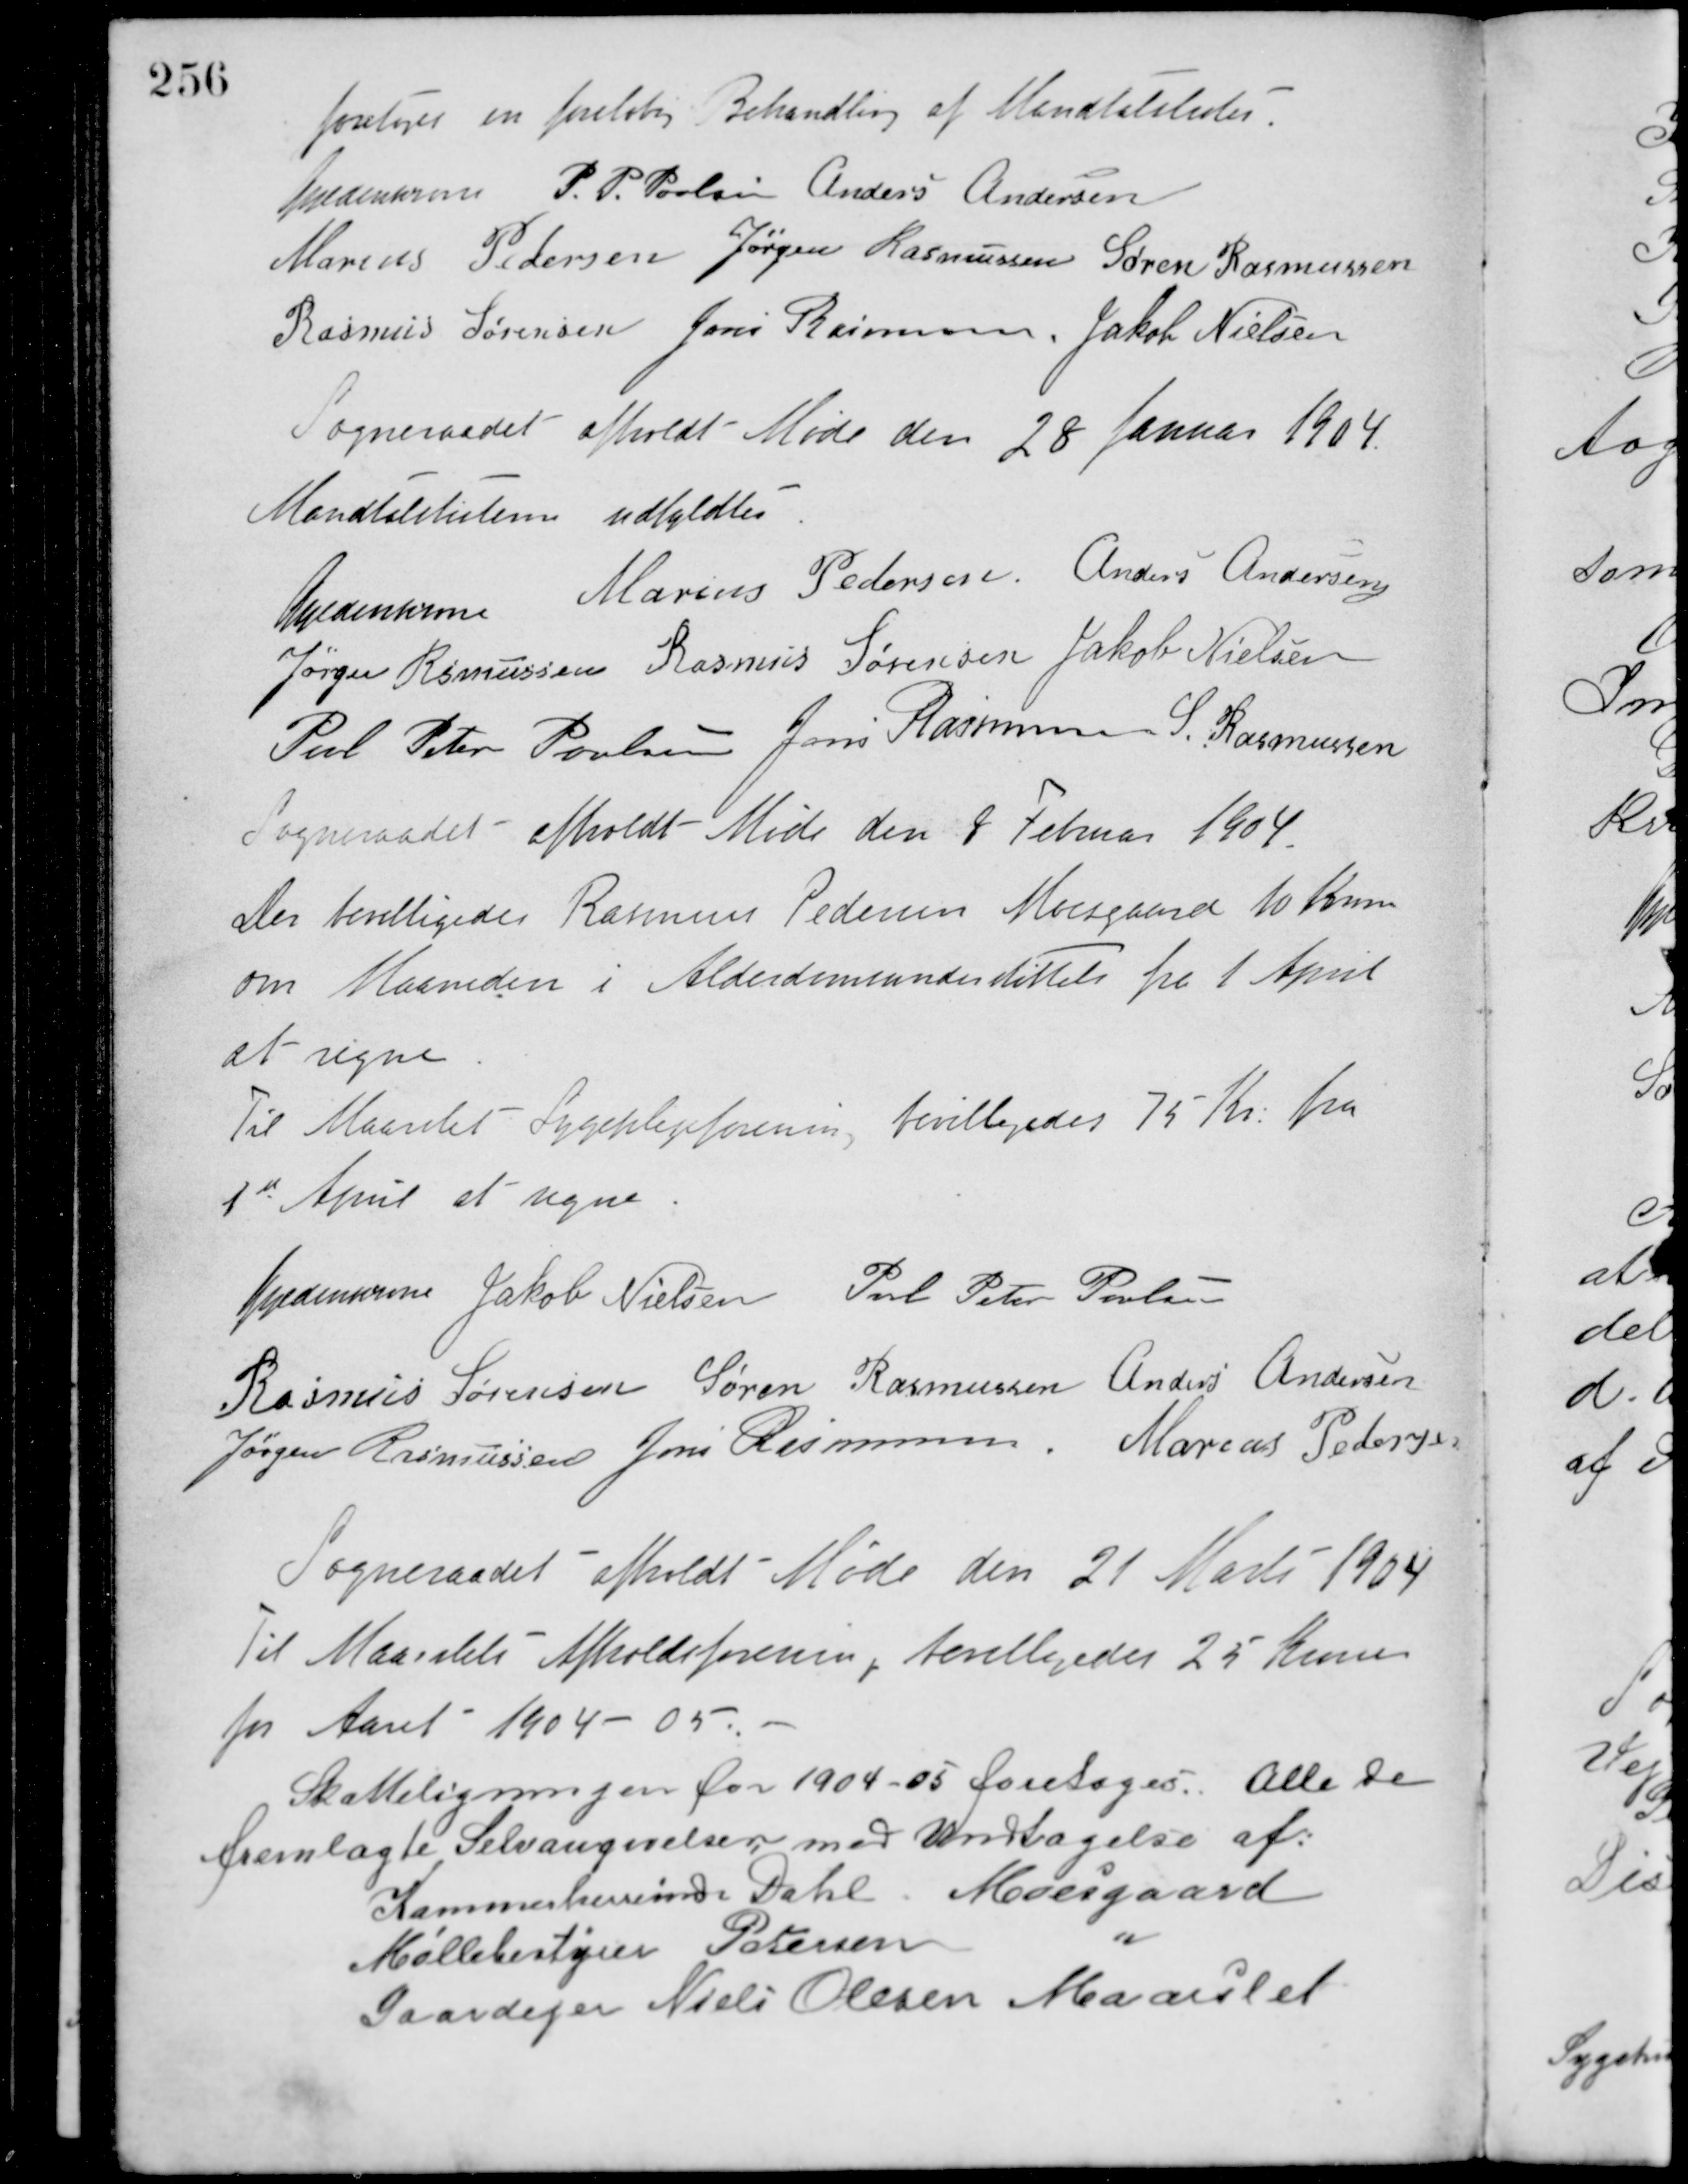
Transskription:
foretoges en foreløbig Behandling af Mandtalslister.
Guldencrone P. P. Poulsen Anders Andersen
Marius Pedersen Jørgen Rasmussen Søren Rasmussen
Rasmus Sørensen Jens Rasmussen Jakob Nielsen
Sogneraadet afholdt Møde den 28 Januar 1904.
Mandtalslisterne udfyldtes.
Guldencrone Marius Pedersen Anders Andersen
Jørgen Rasmussen Rasmus Sørensen Jakob Nielsen
Poul Peter Poulsen Jens Rasmussen S. Rasmussen
Sogneraadet afholdt Møde den 8 Februar 1904.
Der bevilligedes Rasmus Pedersen Moesgaard 10 Kroner
om Maaneden i Alderdomsunderstøttelse fra 1 April
at regne.
Til Maarslet Sygeplejeforening bevilligedes 75 Kr. fra
1st April at regne.
Guldencrone Jakob Nielsen Poul Peter Poulsen
Rasmus Sørensen Søren Rasmussen Anders Andersen
Jørgen Rasmussen Jens Rasmussen Marius Pedersen
Sogneraadet afholdt Møde den 21 Marts 1904
Til Maarslets Afholdsforening, bevilligedes 25 Kroner
for Aaret 1904 - 05.
Skatteligningen for 1904-05 foretoges. Alle de
fremlagte Selvangivelser med Undtagelse af:
Kammerherrerinde Dahl, Mosesgaard
Møllebestyrer Petersen, "
Gaardejer Niels Olesen, Maarslet